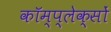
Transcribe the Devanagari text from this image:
कॉम्प्लेक्सों